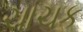
ચાચક